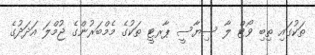
ތަކުގައި ތިބި ވޯޓް ލާ ސިޔާސީ ޕާރޓީ ތަކުގެ މެމްބަރުންގެ ޖުމްލަ އަދަަދުގެ